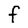
Character: f